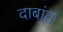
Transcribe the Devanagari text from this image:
दाबांत